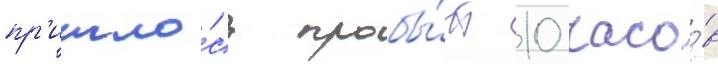
пр'ишло́сь пробы́ть 10 часо́в